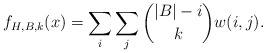
\begin{align*}f_{H,B,k}(x) = \sum_i\sum_j\binom{|B|-i}kw(i,j).\end{align*}